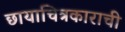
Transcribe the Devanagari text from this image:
छायाचित्रकाराची